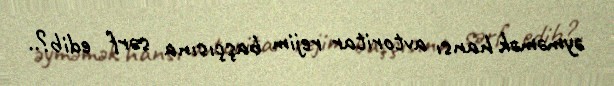
əyməmək hansı avtoritar rejim başçısına sərf edib?..